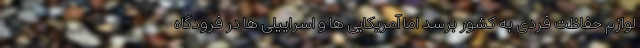
لوازم حفاظت فردی به کشور برسد اما آمریکایی ها و اسراییلی ها در فرودگاه